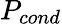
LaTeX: P_{cond}